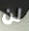
لن